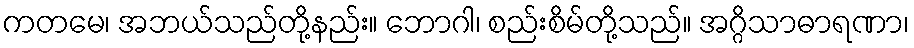
ကတမေ၊ အဘယ်သည်တို့နည်း။ ဘောဂါ၊ စည်းစိမ်တို့သည်။ အဂ္ဂိသာဓာရဏာ၊